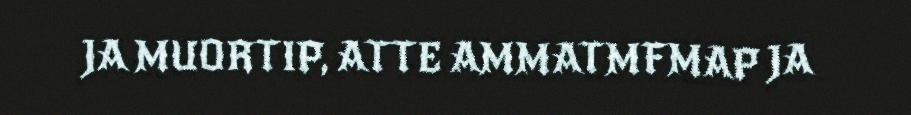
JA MUORTIP, ATTE AMMATMFMAP JA